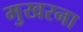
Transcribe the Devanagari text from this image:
मुखरना